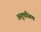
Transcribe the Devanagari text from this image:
अनूपस्तिथ